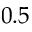
0 . 5